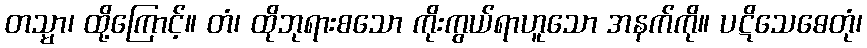
တသ္မာ၊ ထို့ကြောင့်။ တံ၊ ထိုဘုရားစသော ကိုးကွယ်ရာဟူသော အနက်ကို။ ပဋိသေဓေတုံ၊